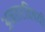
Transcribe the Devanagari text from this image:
अनतरविषयी